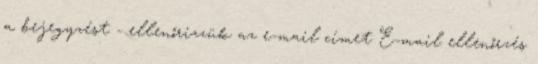
a bejegyzést - ellenőrizzük az e-mail címet E-mail ellenőrzés